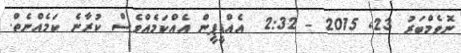
ނޮވެމްބަރު 23